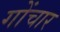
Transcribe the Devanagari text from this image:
गोंचार